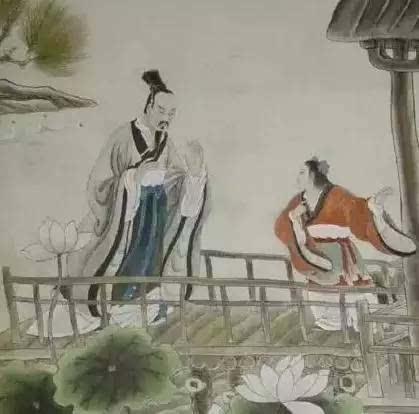
是故置本不安者，无务丰末。